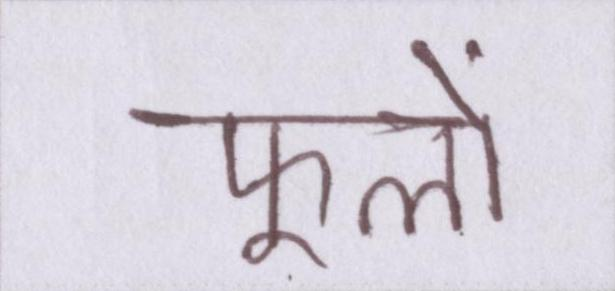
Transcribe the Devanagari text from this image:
फूलों